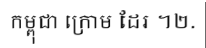
កម្ពុជា ក្រោម ដែរ ។២.